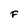
Character: F